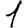
Digit: 1